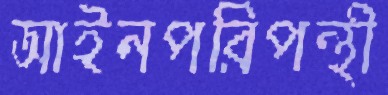
আইনপরিপন্থী